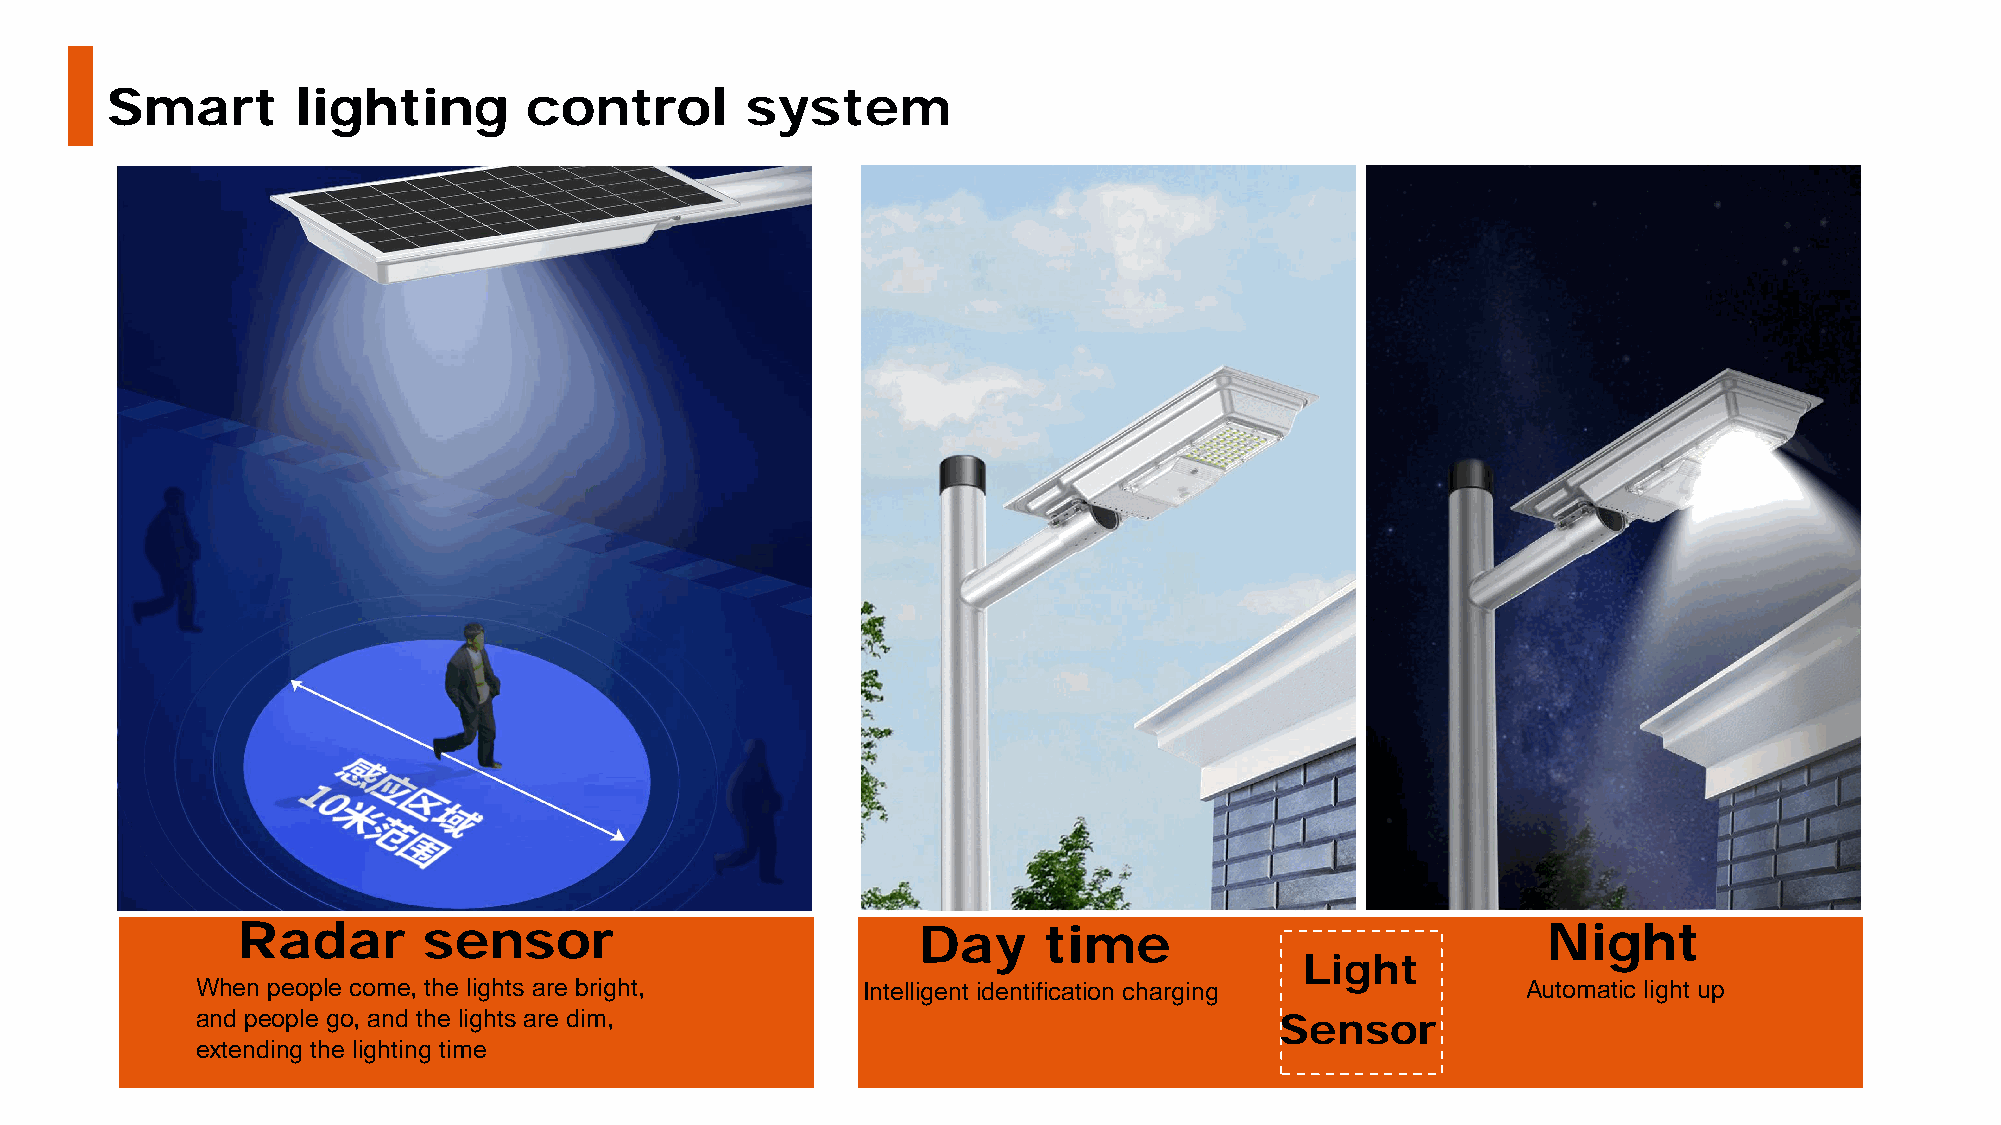
Smart       lighting        control       system
 Radar       sensor                           Day     time                             Night
 Light
 When people come, the lights are bright,    Intelligent identification charging         Automatic light up
 and people go, and the lights are dim,
 Sensor
 extending the lighting time